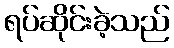
ရပ်ဆိုင်းခဲ့သည်